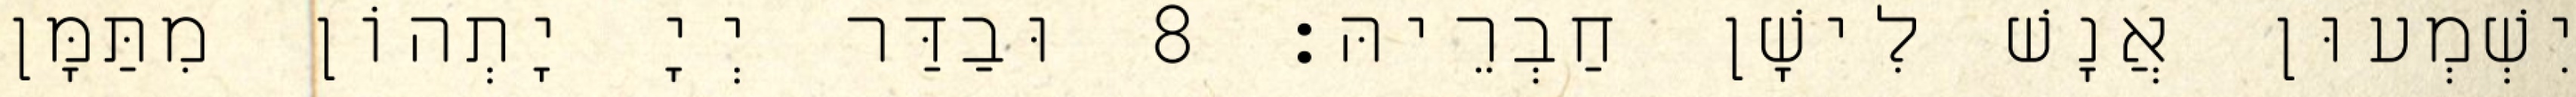
יִשְׁמְעוּן אֲנָשׁ לִישָׁן חַבְרֵיהּ׃ 8 וּבַדַּר יְיָ יָתְהוֹן מִתַּמָּן